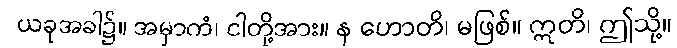
ယခုအခါ၌။ အမှာကံ၊ ငါတို့အား။ န ဟောတိ၊ မဖြစ်။ ဣတိ၊ ဤသို့။